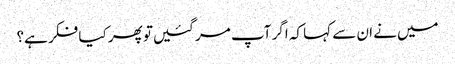
میں‌نے ان سے کہا کہ اگر آپ مر گئیں‌تو پھر کیا فکر ہے؟